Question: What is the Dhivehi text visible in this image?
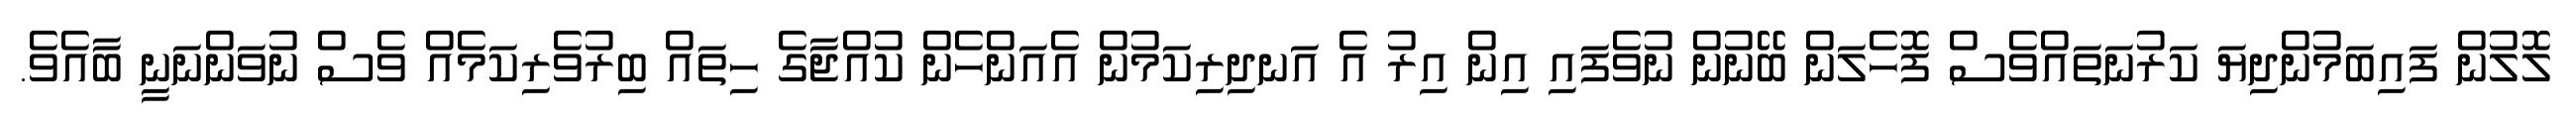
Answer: ލޮލުން ފައިބަމުންދިޔަ ކަރުނަތައްވެސް ފޮހެލަން ބޭނުން ނުވެފައި އިން އިރު އެ އަނދިރިކަމުން އެއަންހެން ކުއްޖާގެ ހިތައް ބިރުވެރިކަމެއް ވެސް ނުވަންނަނީ ބާއެވެ.